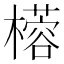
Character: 㯴